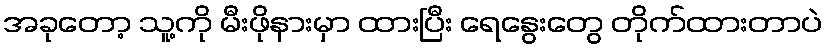
အခုတော့ သူ့ကို မီးဖိုနားမှာ ထားပြီး ရေနွေးတွေ တိုက်ထားတာပဲ